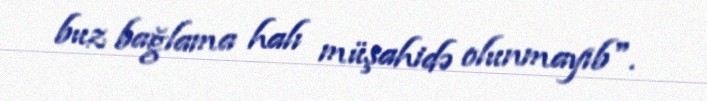
buz bağlama halı müşahidə olunmayıb".